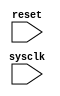
`timescale 1ns / 1ps
//////////////////////////////////////////////////////////////////////////////////
// Company: 
// Engineer: 
// 
// Design Name: 
// Module Name: top
// Project Name: 
// Target Devices: 
// Tool Versions: 
// Description: 
// 
// Dependencies: 
// 
// Revision:
// Revision 0.01 - File Created
// Additional Comments:
// 
//////////////////////////////////////////////////////////////////////////////////


module top(
    input sysclk,
    input reset
    );
endmodule